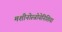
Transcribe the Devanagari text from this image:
मशीनोस्त्रोयेनिशिया